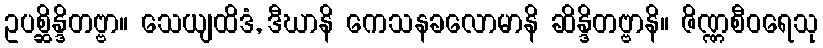
ဥပစ္ဆိန္ဒိတဗ္ဗာ။ သေယျထိဒံ, ဒီဃာနိ ကေသနခလောမာနိ ဆိန္ဒိတဗ္ဗာနိ။ ဇိဏ္ဏစီဝရေသု